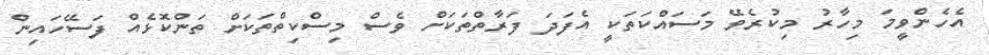
އެހެންވީމަ މިހާރު މިކުރެވޭ މަސައްކަތަކީ އެފަދަ ފަރާތްތަކަށް ވެސް މިސްކިތްތަކަށް ތަންކޮޅެއް ފަސޭހައިން